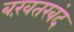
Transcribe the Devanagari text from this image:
बख़तरबंद